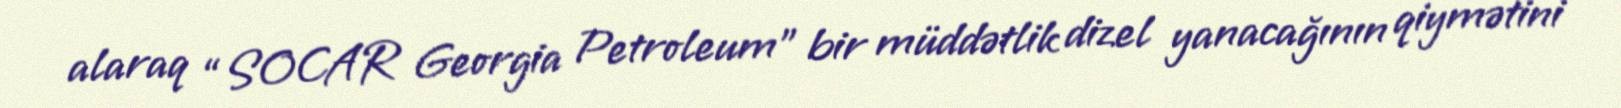
alaraq “SOCAR Georgia Petroleum” bir müddətlik dizel yanacağının qiymətini